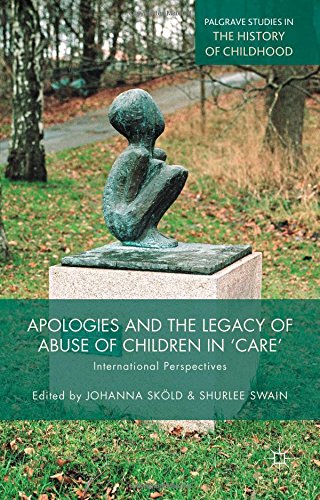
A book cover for Apologies and the Legacy of Abuse of Children in 'Care': International Perspectives (Palgrave Studies in the History of Childhood); Law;